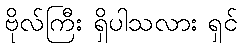
ဗိုလ်ကြီး ရှိပါသလား ရှင်